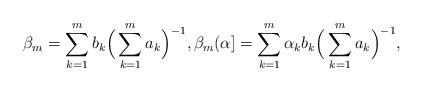
LaTeX: \begin{align*}\beta_{m}=\sum_{k=1}^mb_k\Big(\sum_{k=1}^ma_k\Big)^{-1},\beta_{m}(\alpha]=\sum_{k=1}^m\alpha_kb_k\Big(\sum_{k=1}^ma_k\Big)^{-1},\end{align*}